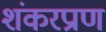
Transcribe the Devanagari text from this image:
शंकरप्राण